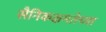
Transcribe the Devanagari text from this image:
सैनिकक्षमतेच्या